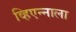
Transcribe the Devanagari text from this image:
व्हिएन्नाला